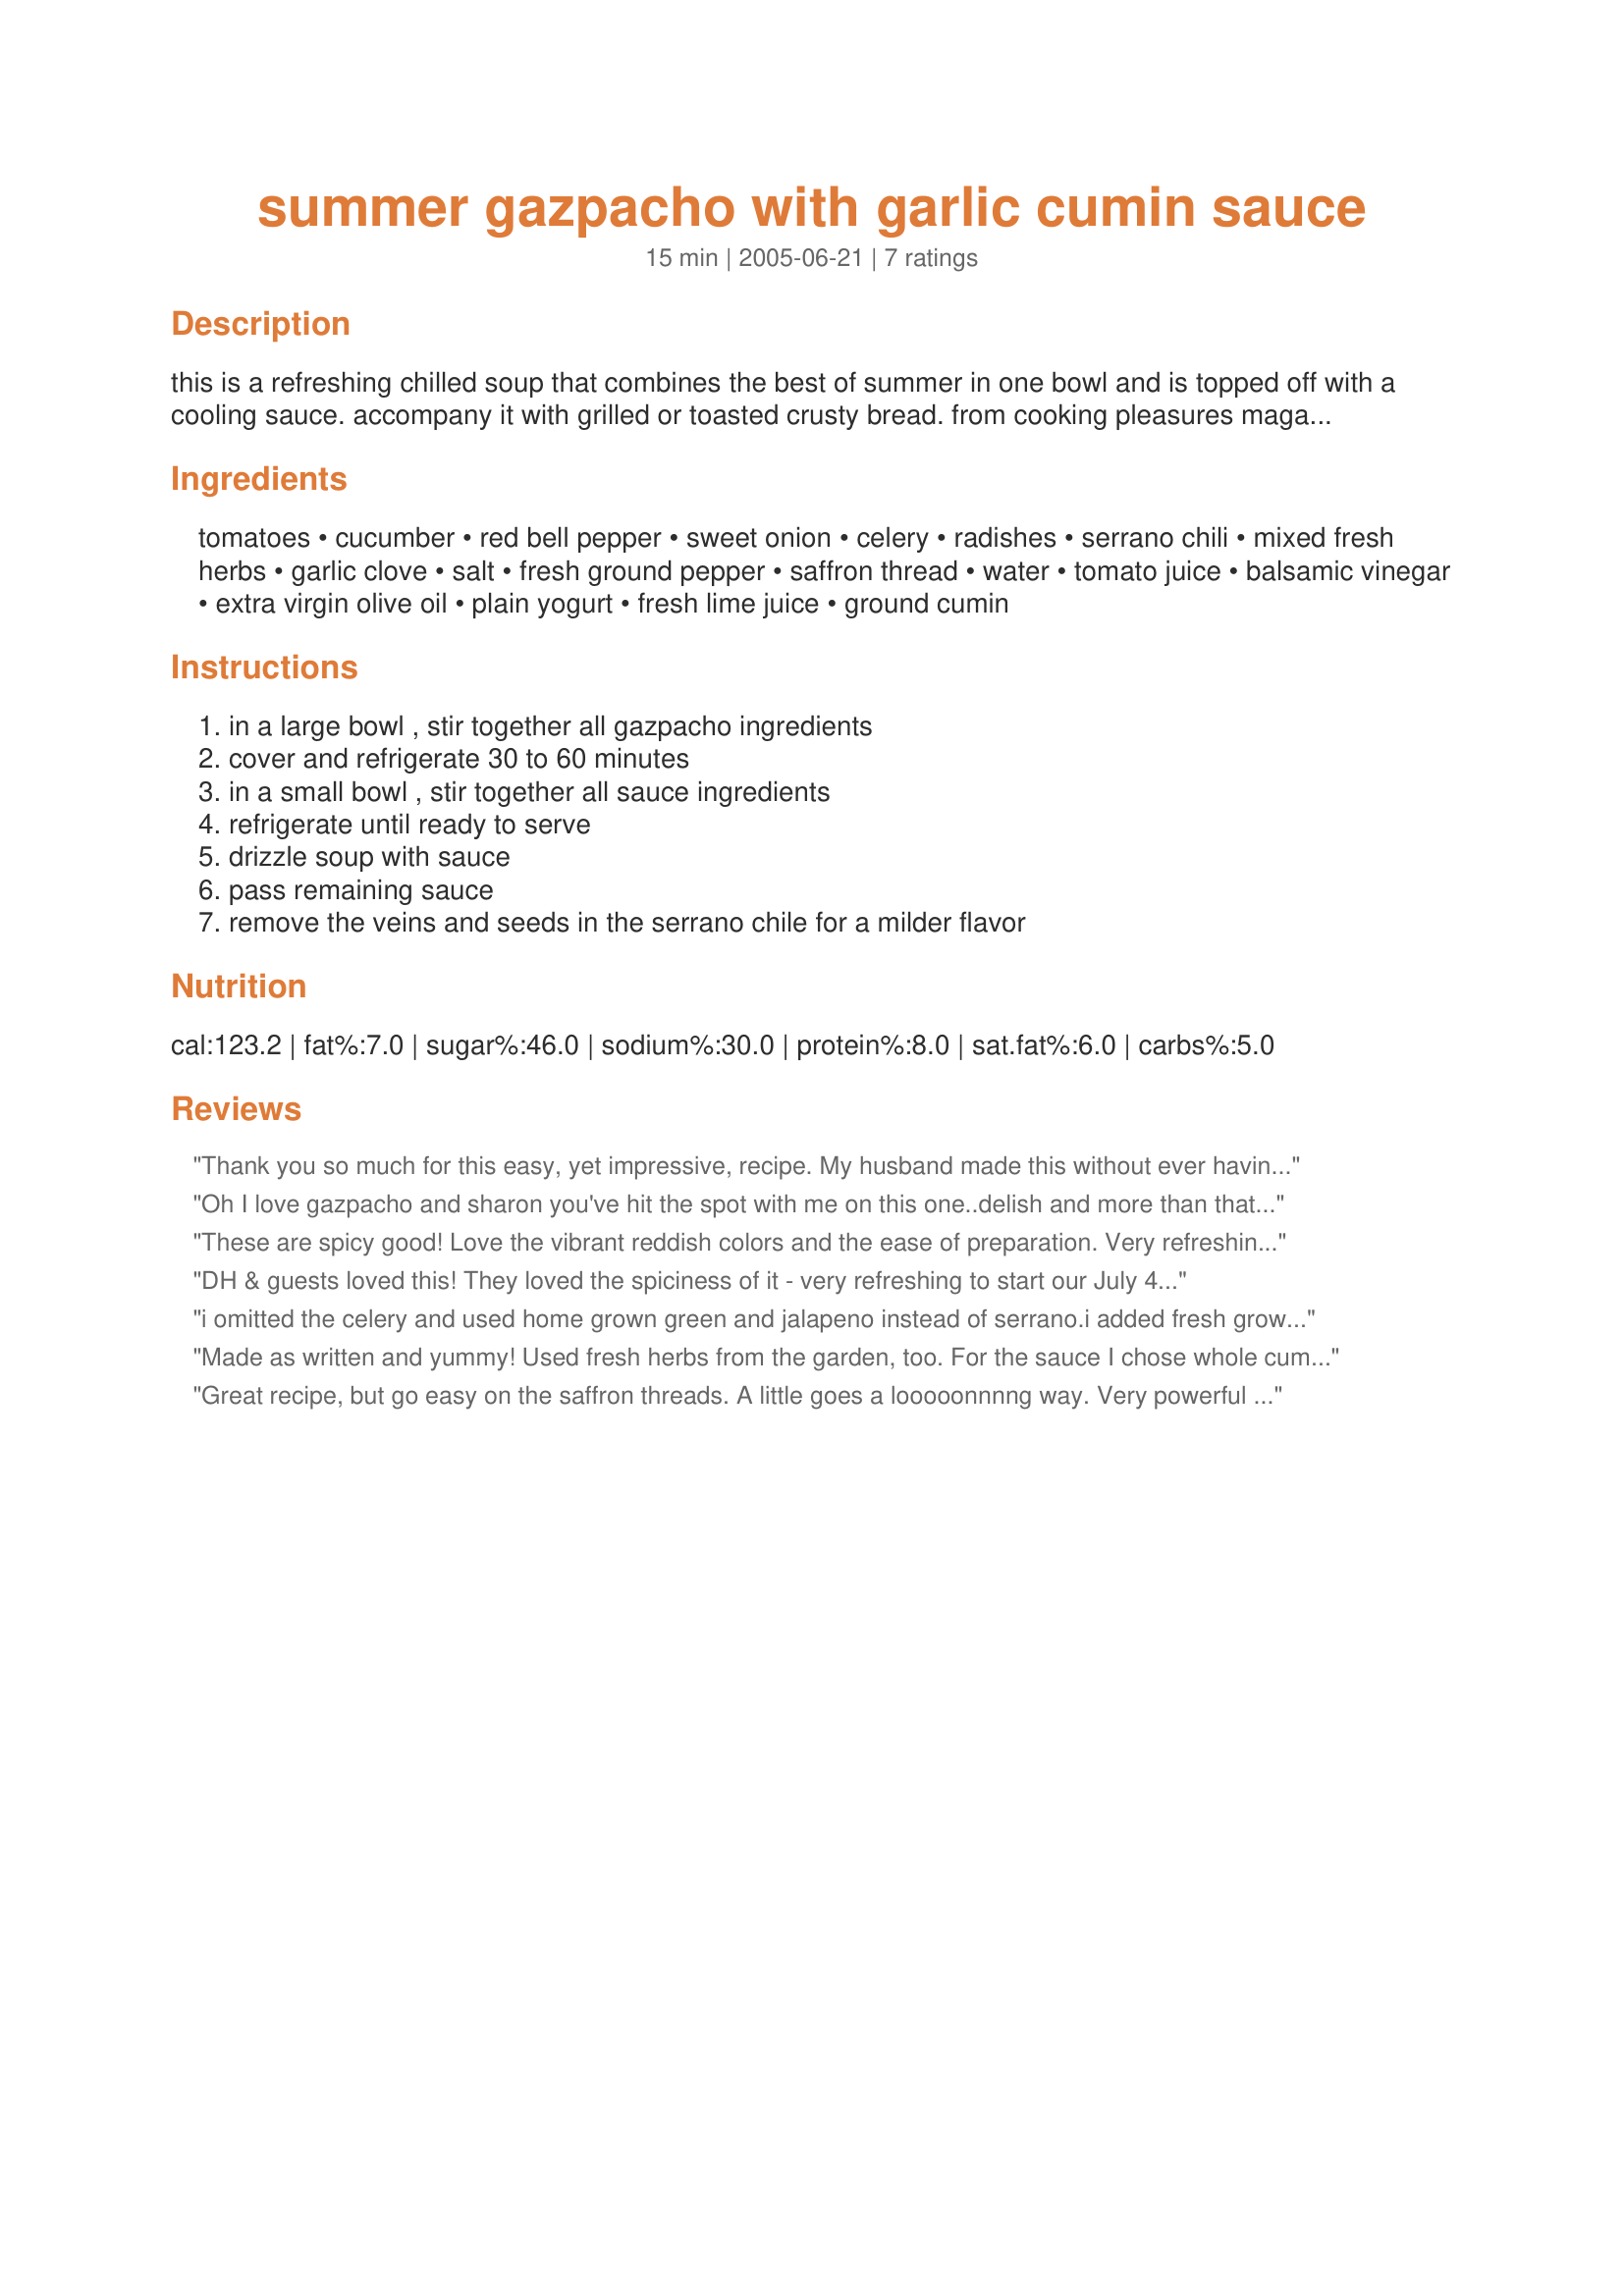
summer gazpacho with garlic cumin sauce
Preparation time: 15 minutes

this is a refreshing chilled soup that combines the best of summer in one bowl and is topped off with a cooling sauce. accompany it with grilled or toasted crusty bread. from cooking pleasures magazine.

Ingredients:
tomatoes, cucumber, red bell pepper, sweet onion, celery, radishes, serrano chili, mixed fresh herbs, garlic clove, salt, fresh ground pepper, saffron thread, water, tomato juice, balsamic vinegar, extra virgin olive oil, plain yogurt, fresh lime juice, ground cumin

Steps:
in a large bowl , stir together all gazpacho ingredients, cover and refrigerate 30 to 60 minutes, in a small bowl , stir together all sauce ingredients, refrigerate until ready to serve, drizzle soup with sauce, pass remaining sauce, remove the veins and seeds in the serrano chile for a milder flavor

Reviews:
Thank you so much for this easy, yet impressive, recipe. My husband made this without ever having seen or tasted Gazpacho. We would recommend pureeing this briefly to get the right consistency. This also means that the ingredients don't need to be chopped so finely.
Oh I love gazpacho and sharon you've hit the spot with me on this one..delish and more than that I'm looking for the sixth star???? Made for ZWY5 and so glad I did..YUMMY!!!!! Garlic,Cumin and tomato how can it get any better than this?
These are spicy good! Love the vibrant reddish colors and the ease of preparation. Very refreshing although next time, I'd prefer it with less heat. Muchas gracias.
DH & guests loved this! They loved the spiciness of it - very refreshing to start our July 4th dinner! One thing to note was that I used dried herbs & made this the nite before I served & blended the whole thing. I think put too much black pepper,since the flavours will be absorbed 3/4 of a tsp should be fine. Lovely recipe - thanks!
i omitted the celery and used home grown green and jalapeno instead of serrano.i added fresh grown tarragon, basil and chives,and hot sauce, to taste. i chopped everything by hand. after chilling in the fridge for an hour i found it too thin, so i added half to the blender, pureed it, added it back to the bowl, and refrigerated again. this is very tasty, and i'll be making it again when my tomatoes are ripe. 

Made as written and yummy! Used fresh herbs from the garden, too. For the sauce I chose whole cumin seeds and a few were scattered on top of the yogurt and then added a few strands of saffron. Beautiful presentation that way! Served with cornbread. Very good! Will make again! Reviewed for Veg Tag/July.
Great recipe, but go easy on the saffron threads. A little goes a looooonnnng way. Very powerful herb. I also used lemon instead of lime. I think lime would have gone MUCH better.
